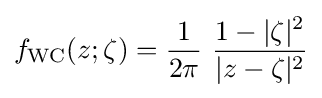
f_{\text{WC}}(z;\zeta )={\frac {1}{2\pi }}\,\,{\frac {1-|\zeta |^{2}}{|z-\zeta |^{2}}}